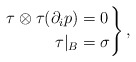
\begin{align*}\left. \begin{aligned}\tau \otimes \tau(\partial_i p) &= 0 \\\tau|_B &= \sigma\end{aligned} \right\},\end{align*}